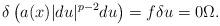
LaTeX: \begin{align*}\delta \left( a(x) \lvert d u \rvert^{p-2} d u \right) = f \delta u = 0 \Omega.\end{align*}